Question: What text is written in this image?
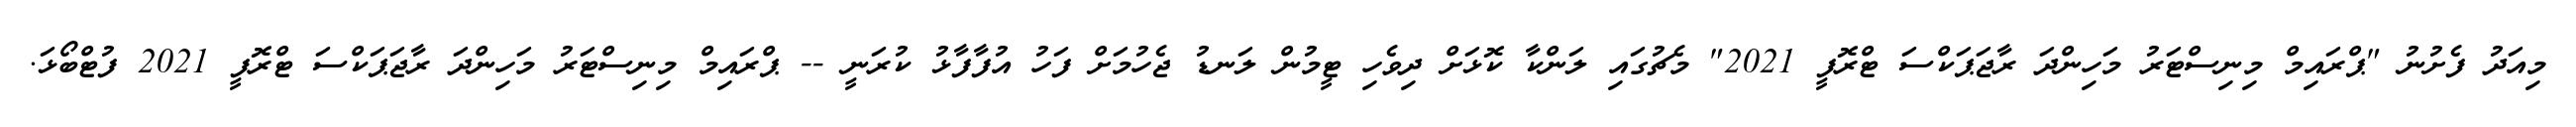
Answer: މިއަދު ފެށުނު "ޕްރައިމް މިނިސްޓަރު މަހިންދަ ރާޖަޕަކްސަ ޓްރޮފީ 2021" މެޗުގައި ލަންކާ ކޮޅަށް ދިވެހި ޓީމުން ލަނޑު ޖެހުމަށް ފަހު އުފާފާޅު ކުރަނީ -- ޕްރައިމް މިނިސްޓަރު މަހިންދަ ރާޖަޕަކްސަ ޓްރޮފީ 2021 ފުޓްބޯޅަ.